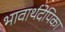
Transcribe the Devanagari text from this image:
भावार्थदेपिका